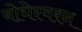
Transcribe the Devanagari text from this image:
बोधेश्वरन